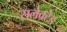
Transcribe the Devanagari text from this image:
सलेक्टेड